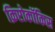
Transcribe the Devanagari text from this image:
क्रिप्टोकॉकिस